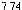
7.74